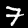
Label: 7